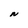
Character: N